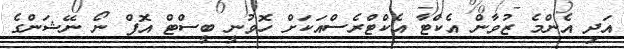
އަދި އެންމެ ޒުވާން އެކްޓާ އެކްޓްރެސްއަކަށް ހޮވުނީ ބީސްޓް އޮފް ނޯ ނޭޝަންގެ